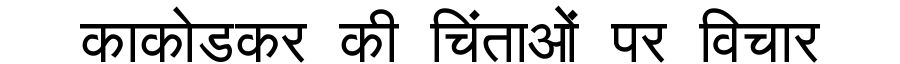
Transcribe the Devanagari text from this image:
काकोडकर की चिंताओं पर विचार